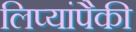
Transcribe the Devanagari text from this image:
लिप्यांपैकी